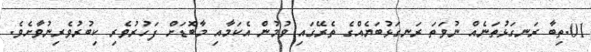
01.ތިބާ ރަނގަޅުތަނެއް ނުވަތަ ރަނގަޅުބަޔެއްގެ ތެރޭގައި ވުމުން އެކަމާއި މާބޮޑަށް ފަހުރުވެރި ކިބުރުވެރިނުވާށެވެ.